system: You are a helpful assistant.
user:
Analyze the provided spectrum to determine if it is a **Carbon Star (C-type)**.

- **Key Visual Indicators of Carbon Star:**
    - **(Primary):** Strong molecular absorption from **C₂ (diatomic carbon) "Swan Bands."** This is the **defining feature** of a carbon star.
        - **(Key Bandheads):** Sharp absorption edges are visible at approximately $5635$ Å, $5165$ Å (the strongest band), and $4737$ Å.
        - **(Line Profile):** Creates a distinct **"saw-tooth"** pattern. The key morphology is a sharp, steep bandhead on the **red (long-wavelength) side**, which then gradually tapers off (i.e., flux recovers) towards the **blue (short-wavelength) side**. *(This is the direct opposite of the TiO bands seen in M-type stars)*.

    - **(Secondary):** Intense **CN (cyanogen)** molecular absorption bands.
        - **(Key Bandheads):** Located in the blue and violet regions of the spectrum (e.g., near $4215$ Å and $3883$ Å).
        - **(Morphology):** These bands are extremely broad and act as a "blanket," absorbing the vast majority of blue and violet light. This creates a characteristic **"cliff"** or **"steep drop-off"** in the spectrum's flux at short wavelengths.

    - **(Key Confirmation):** Strong **CH absorption band (G-band)**.
        - **(Key Bandhead):** Located around $4300$ Å. The contribution from CH molecules to this band is exceptionally strong.

    - **(Overall Spectrum):**
        - The continuum is severely "chopped up" by these deep molecular bands, especially C₂, rather than appearing as a smooth curve.
        - Due to the heavy CN and C₂ absorption in the blue-green, the vast majority of the star's flux is concentrated in the red part of the spectrum, giving the star its characteristic deep red color.

Think first, call **spectral_visualization_tool** if needed to examine features in detail, then provide your final answer. Your response must adhere to the following strict rules:
1.  **Overall Structure:** Your response must follow the format `<think>...</think> <tool_call>...</tool_call> (if a tool is used) <answer>...</answer>`.
2.  **Tool Usage Constraint:** You may only make **one** tool call per turn.
3.  **Final Answer Format:** In the `<answer>` tag, your conclusion must be inside a `\boxed{}` command (e.g., `\boxed{YES}`), followed by your justification.

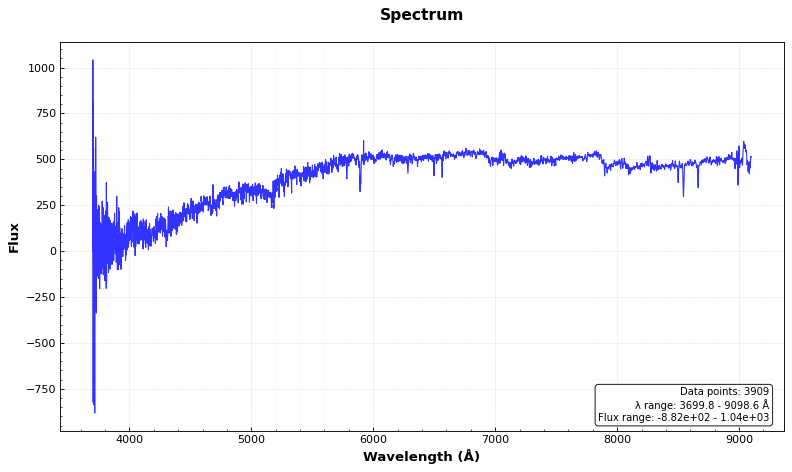
Answer: YES